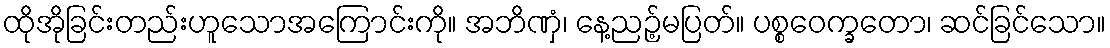
ထိုအိုခြင်းတည်းဟူသောအကြောင်းကို။ အဘိဏှံ၊ နေ့ညဉ့်မပြတ်။ ပစ္စဝေက္ခတော၊ ဆင်ခြင်သော။